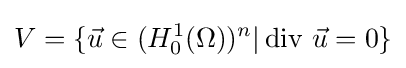
V=\{{\vec {u}}\in (H_{0}^{1}(\Omega ))^{n}|\operatorname {div} \,{\vec {u}}=0\}